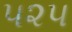
૫૨૫